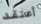
أعتقد